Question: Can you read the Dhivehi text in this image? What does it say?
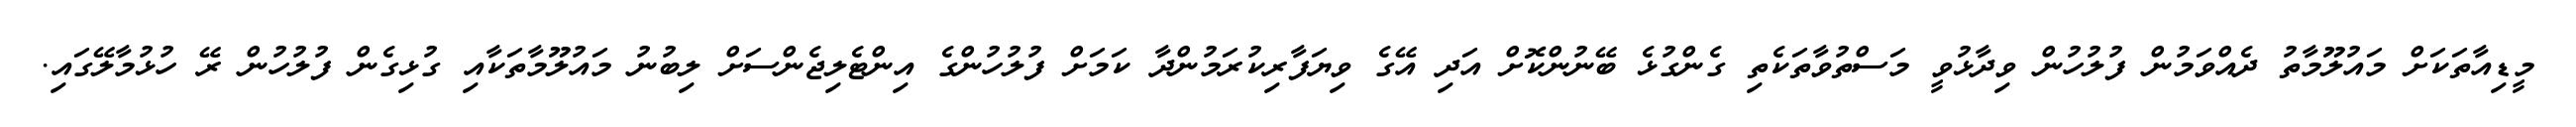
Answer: މީޑިއާތަކަށް މައުލޫމާތު ދެއްވަމުން ފުލުހުން ވިދާޅުވީ މަސްތުވާތަކެތި ގެންގުޅެ ބޭނުންކޮށް އަދި އޭގެ ވިޔަފާރިކުރަމުންދާ ކަމަށް ފުލުހުންގެ އިންޓެލިޖެންސަށް ލިބުނު މައުލޫމާތަކާއި ގުޅިގެން ފުލުހުން ރޭ ހުޅުމާލޭގައި.